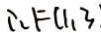
\therefore F ( 1 , 3